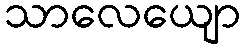
သာလေယျော